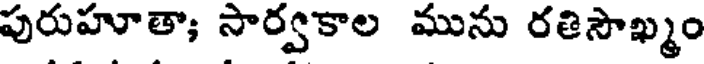
పురుహూతా; సార్వకాల మును రతిసౌఖ్మం